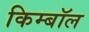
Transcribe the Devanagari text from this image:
किम्बॉल